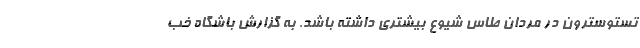
تستوسترون در مردان طاس شیوع بیشتری داشته باشد. به گزارش باشگاه خب